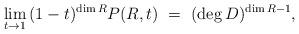
LaTeX: \begin{align*}\lim_{t\to 1}\,(1-t)^{\dim R} P(R,t)\ =\ (\deg D)^{\dim R-1},\end{align*}